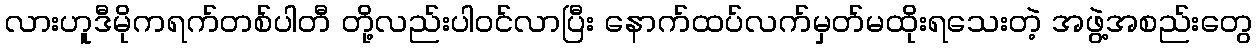
လားဟူဒီမိုကရက်တစ်ပါတီ တို့လည်းပါဝင်လာပြီး နောက်ထပ်လက်မှတ်မထိုးရသေးတဲ့ အဖွဲ့အစည်းတွေ